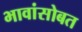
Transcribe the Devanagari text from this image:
भावांसोबत